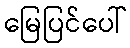
မြေပြင်ပေါ်